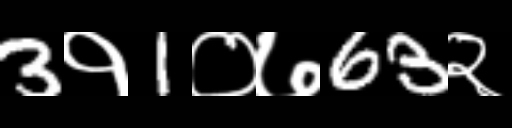
Text: 3१1०७63२